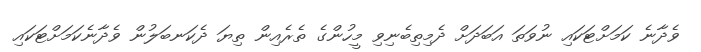
ވެދާނެ ކަމަށްޓަކައި ނުވަތަ އަބަދަށް ދެމިތިބެނިވި މީހުންގެ ތެރެއިން ތިޔަ ދެކަނބަލުން ވެދާނެކަމަށްޓަކައި